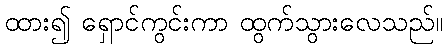
ထား၍ ရှောင်ကွင်းကာ ထွက်သွားလေသည်။